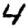
Digit: 4